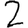
Digit: 2